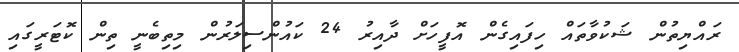
ރައްޔިތުން ޝަކުވާތައް ހިފައިގެން އޮފީހަށް ދާއިރު 24 ކައުންސިލަރުން މިތިބެނީ ތިން ކޮޓަރީގައި